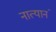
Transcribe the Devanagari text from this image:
नात्यानं